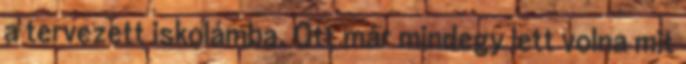
a tervezett iskolámba. Ott már mindegy lett volna mit